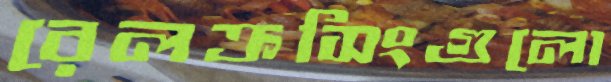
রেলক্রসিংগুলো